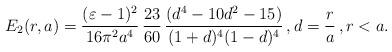
LaTeX: \begin{align*}E_2 (r, a) = \frac{(\varepsilon - 1)^2}{16 \pi^2 a^4} \, \frac{23}{60} \, \frac{(d^4 - 10 d^2 - 15)}{(1+d)^4 (1-d)^4} \, , d=\frac{r}{a} \, , r < a.\end{align*}